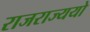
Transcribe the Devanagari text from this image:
राजराज्ययो